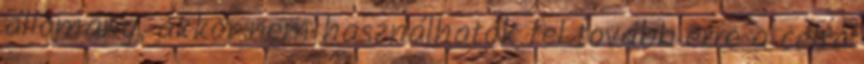
állomány, akkor nem használhatók fel tovább erre a célra